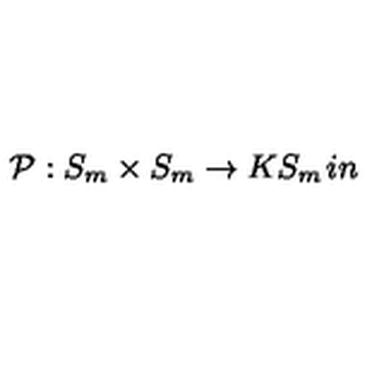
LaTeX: { \cal P } : S _ { m } \times S _ { m } \rightarrow K S _ { m } \hspace { 1 i n }